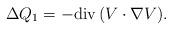
LaTeX: \begin{align*} \Delta Q_1 = -{\rm div}\,(V\cdot \nabla V). \end{align*}